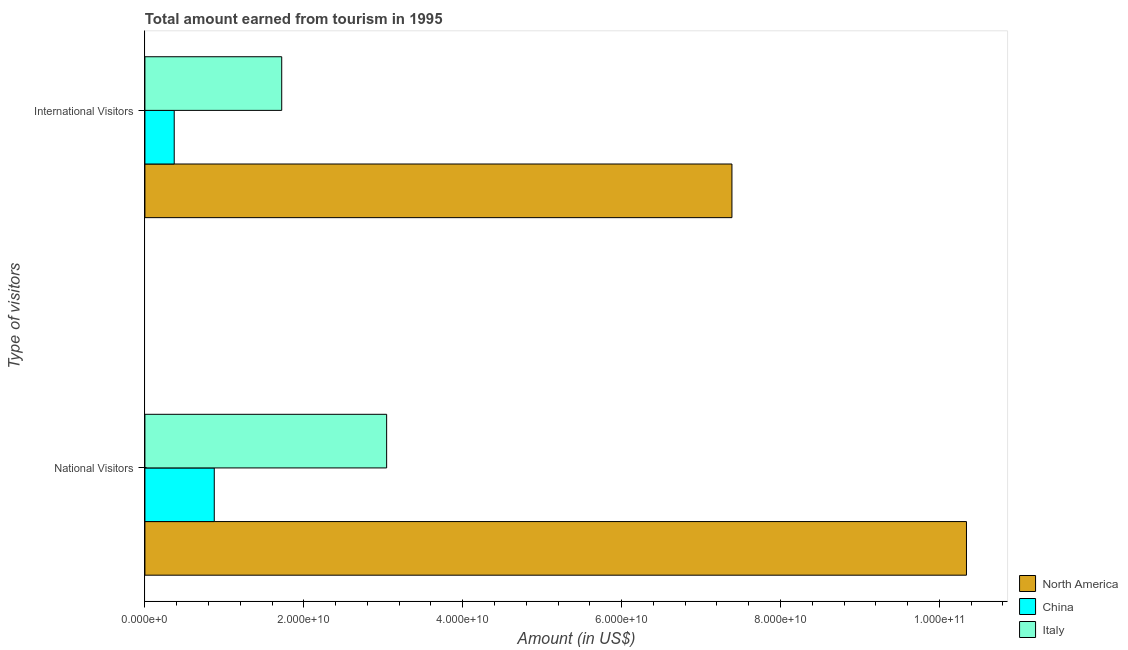
| Type of visitors | North America | China | Italy |
 | --- | --- | --- | --- |
 | National Visitors | 1.03e+11 | 8.73e+09 | 3.04e+10 |
 | International Visitors | 7.39e+10 | 3.69e+09 | 1.72e+10 |